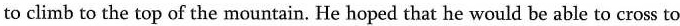
to climb to the top of the mountain. He hoped that he would be able to cross to